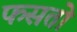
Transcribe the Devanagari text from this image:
फसतो